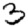
Digit: 3